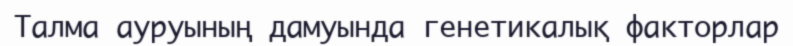
Талма ауруының дамуында генетикалық факторлар